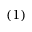
( 1 )